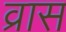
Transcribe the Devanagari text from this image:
व्रास